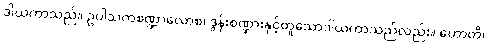
ဒါယကာသည်။ ဥပါသကစဏ္ဍာလောစ၊ ဒွန်းစဏ္ဍားနှင့်တူသောဒါယကာသည်လည်း။ ဟောတိ၊